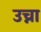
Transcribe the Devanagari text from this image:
उच्ना